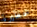
حظيرة